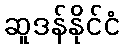
ဆူဒန်နိုင်ငံ